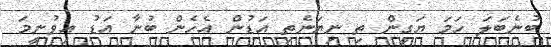
ބުނެބަލަ ހަމަ ޔަގީން ތި ނިޔަނެތި އަޑުން އެހެން ބުނާ އަޑު އިވުނީމަ